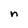
Character: n